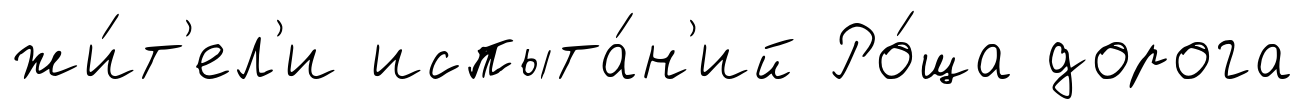
жи́т'ел'и испыта́н'ий Ро́ща дорога